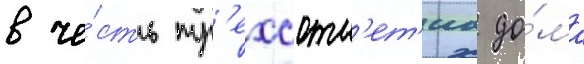
в че́сть тр'ехсотл'ет'иа до́ма